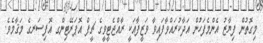
މިގޮތުން ފިޔާޒު އެންމެފަހުން އަދާކުރައްވާފައިވާ ވަޒީފާއަކީ ރާއްޖެޓީވީގެ ޗީފް އޮޕަރޭޓިންގ އޮފިސަރގެ މަޤާމެވެ.